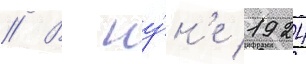
// В иу́н'е 1924